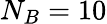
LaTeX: N_{B}=10